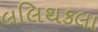
લલિથકલા